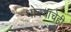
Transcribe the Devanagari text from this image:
धोक्याचेही